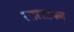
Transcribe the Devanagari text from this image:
रसरसायन